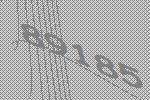
89185